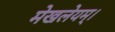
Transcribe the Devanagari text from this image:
मेखलेयम्।